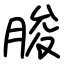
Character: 朘